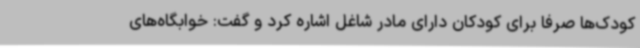
کودک‌ها صرفاً برای کودکان دارای مادر شاغل اشاره کرد و گفت: خوابگاه‌های